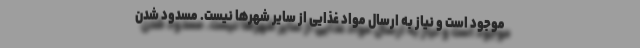
موجود است و نیاز به ارسال مواد غذایی از سایر شهرها نیست. مسدود شدن